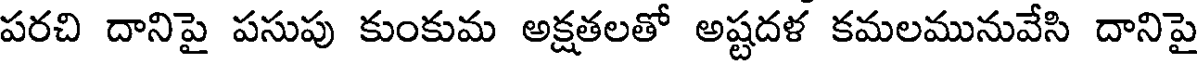
పరచి దానిపై పసుపు కుంకుమ అక్షతలతో అష్టదళ కమలమునువేసి దానిపై